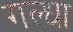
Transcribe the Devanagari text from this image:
गल्धा